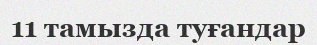
11 тамызда туғандар